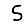
Digit: 5